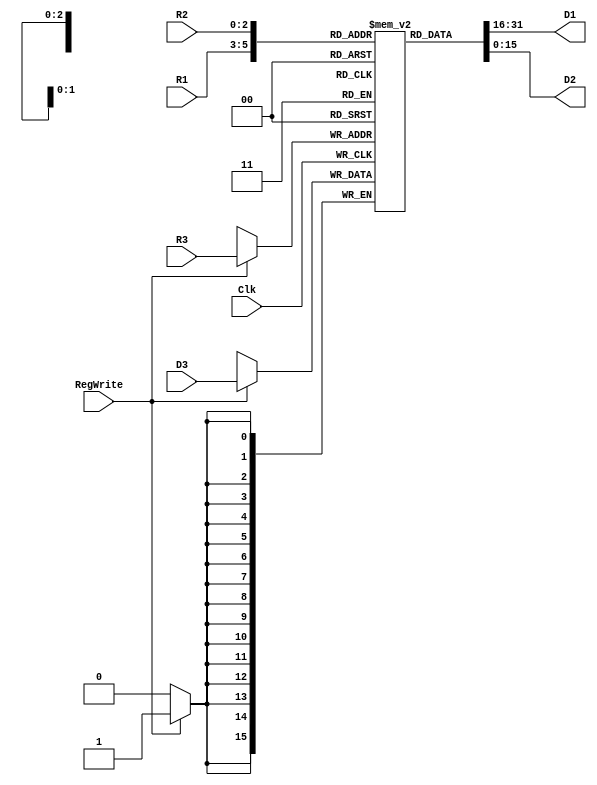
module RG(Clk, R1, R2, R3, D1, D2, D3, RegWrite);
input [2:0] R1,R2,R3;
input [15:0]D3;
input Clk;
input RegWrite;
output [15:0]D1,D2;

reg[15:0]RAM[7:0];

assign D1=RAM[R1];
assign D2=RAM[R2];

always@(posedge Clk)
if(RegWrite==1)RAM[R3]=D3;
initial
begin
RAM[0]=0;
RAM[1]=1;
RAM[2]=2;
RAM[3]=3;
RAM[4]=4;
RAM[5]=5;
RAM[6]=6;
RAM[7]=7;
end
endmodule